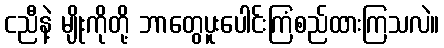
ငညီနဲ့ မျိုးကိုတို့ ဘာတွေပူးပေါင်းကြံစည်ထားကြသလဲ။